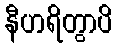
နီဟရိတွာပိ